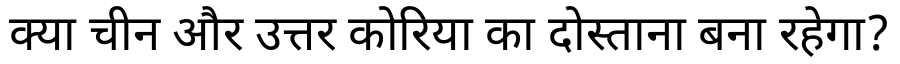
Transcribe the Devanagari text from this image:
क्या चीन और उत्तर कोरिया का दोस्ताना बना रहेगा?